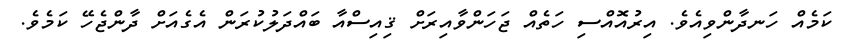
ކަމެއް ހަނދާންވިއެވެ. އިރުއޮއްސި ހަތެއް ޖަހަންވާއިރަށް ޤިއިސްއާ ބައްދަލުކުރަން އެގެއަށް ދާންޖެހޭ ކަމެވެ.